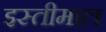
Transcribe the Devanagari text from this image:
इस्तीमाल